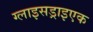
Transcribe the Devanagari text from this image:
ग्लाइसड्राइएक